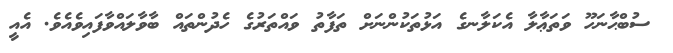
ސުބްޙާނަހޫ ވަތަޢާލާ އެކަލާނގެ އަޅުތަކުންނަށް ތަފާތު ވައްތަރުގެ ހެދުންތައް ބާވާލައްވާފައިވެއެވެ. އެއީ